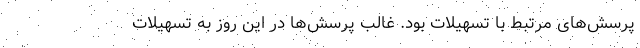
پرسش­های مرتبط با تسهیلات بود. غالب پرسش­ها در این روز به تسهیلات